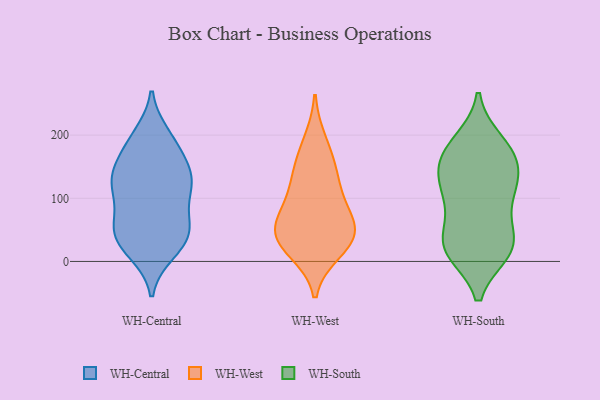
{"axis": {"x": "Website Visitors", "y": "Value"}, "legend": ["WH-Central", "WH-South", "WH-West"], "data": [{"x": "", "y": 67, "type": "WH-Central"}, {"x": "", "y": 122, "type": "WH-Central"}, {"x": "", "y": 32, "type": "WH-Central"}, {"x": "", "y": 48, "type": "WH-Central"}, {"x": "", "y": 47, "type": "WH-Central"}, {"x": "", "y": 182, "type": "WH-Central"}, {"x": "", "y": 133, "type": "WH-Central"}, {"x": "", "y": 137, "type": "WH-Central"}, {"x": "", "y": 15, "type": "WH-Central"}, {"x": "", "y": 60, "type": "WH-Central"}, {"x": "", "y": 105, "type": "WH-Central"}, {"x": "", "y": 127, "type": "WH-Central"}, {"x": "", "y": 164, "type": "WH-Central"}, {"x": "", "y": 193, "type": "WH-Central"}, {"x": "", "y": 199, "type": "WH-Central"}, {"x": "", "y": 109, "type": "WH-Central"}, {"x": "", "y": 46, "type": "WH-Central"}, {"x": "", "y": 138, "type": "WH-Central"}, {"x": "", "y": 20, "type": "WH-Central"}, {"x": "", "y": 44, "type": "WH-West"}, {"x": "", "y": 55, "type": "WH-West"}, {"x": "", "y": 144, "type": "WH-West"}, {"x": "", "y": 69, "type": "WH-West"}, {"x": "", "y": 40, "type": "WH-West"}, {"x": "", "y": 191, "type": "WH-West"}, {"x": "", "y": 108, "type": "WH-West"}, {"x": "", "y": 48, "type": "WH-West"}, {"x": "", "y": 153, "type": "WH-West"}, {"x": "", "y": 101, "type": "WH-West"}, {"x": "", "y": 16, "type": "WH-West"}, {"x": "", "y": 22, "type": "WH-West"}, {"x": "", "y": 175, "type": "WH-South"}, {"x": "", "y": 17, "type": "WH-South"}, {"x": "", "y": 145, "type": "WH-South"}, {"x": "", "y": 158, "type": "WH-South"}, {"x": "", "y": 16, "type": "WH-South"}, {"x": "", "y": 48, "type": "WH-South"}, {"x": "", "y": 136, "type": "WH-South"}, {"x": "", "y": 105, "type": "WH-South"}, {"x": "", "y": 44, "type": "WH-South"}, {"x": "", "y": 162, "type": "WH-South"}, {"x": "", "y": 121, "type": "WH-South"}, {"x": "", "y": 15, "type": "WH-South"}, {"x": "", "y": 100, "type": "WH-South"}, {"x": "", "y": 29, "type": "WH-South"}, {"x": "", "y": 100, "type": "WH-South"}, {"x": "", "y": 190, "type": "WH-South"}, {"x": "", "y": 17, "type": "WH-South"}, {"x": "", "y": 185, "type": "WH-South"}]}